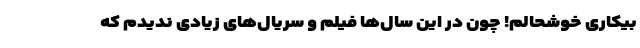
بیکاری خوشحالم! چون در این سال‌ها فیلم و سریال‌های زیادی ندیدم که